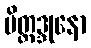
မိတ္တဒ္ဒုနော